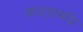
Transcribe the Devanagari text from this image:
जाळ्यामधि